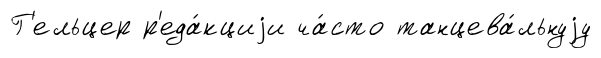
Г'ельцер р'еда́кциjи ча́сто танцева́льнуjу